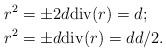
LaTeX: \begin{align*}r^2 &= \pm 2d \mathrm{div}(r) = d; \\r^2 &= \pm d \mathrm{div}(r) = d d/2.\end{align*}